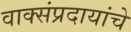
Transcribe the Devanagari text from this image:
वाक्संप्रदायांचे